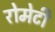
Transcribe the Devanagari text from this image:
रोमेटी